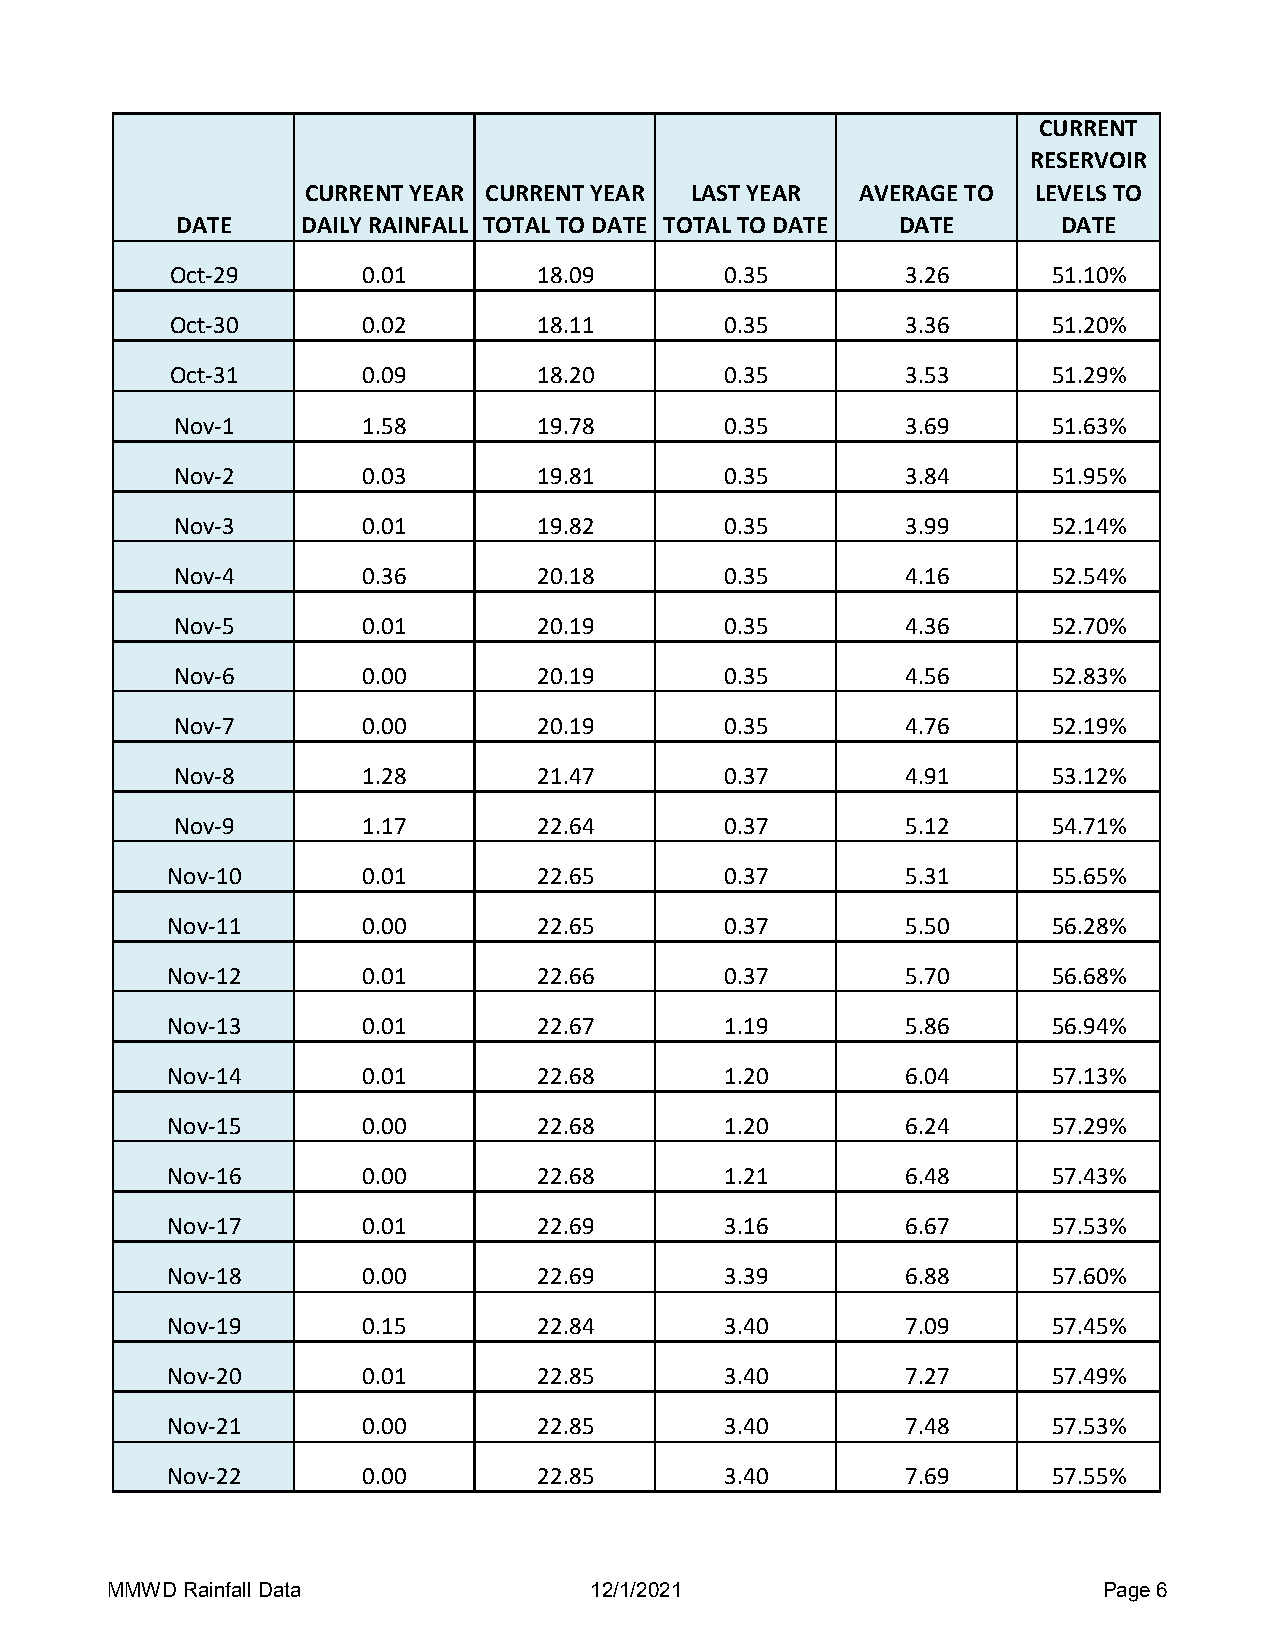
CURRENT
 RESERVOIR
 CURRENT YEAR CURRENT YEAR LAST YEAR  AVERAGE TO  LEVELS TO
 DATE    DAILY RAINFALL TOTAL TO DATE TOTAL TO DATE DATE   DATE
 Oct-29       0.01        18.09       0.35        3.26      51.10%
 Oct-30       0.02        18.11       0.35        3.36      51.20%
 Oct-31       0.09        18.20       0.35        3.53      51.29%
 Nov-1       1.58        19.78       0.35        3.69      51.63%
 Nov-2       0.03        19.81       0.35        3.84      51.95%
 Nov-3       0.01        19.82       0.35        3.99      52.14%
 Nov-4       0.36        20.18       0.35        4.16      52.54%
 Nov-5       0.01        20.19       0.35        4.36      52.70%
 Nov-6       0.00        20.19       0.35        4.56      52.83%
 Nov-7       0.00        20.19       0.35        4.76      52.19%
 Nov-8       1.28        21.47       0.37        4.91      53.12%
 Nov-9       1.17        22.64       0.37        5.12      54.71%
 Nov-10       0.01        22.65       0.37        5.31      55.65%
 Nov-11       0.00        22.65       0.37        5.50      56.28%
 Nov-12       0.01        22.66       0.37        5.70      56.68%
 Nov-13       0.01        22.67       1.19        5.86      56.94%
 Nov-14       0.01        22.68       1.20        6.04      57.13%
 Nov-15       0.00        22.68       1.20        6.24      57.29%
 Nov-16       0.00        22.68       1.21        6.48      57.43%
 Nov-17       0.01        22.69       3.16        6.67      57.53%
 Nov-18       0.00        22.69       3.39        6.88      57.60%
 Nov-19       0.15        22.84       3.40        7.09      57.45%
 Nov-20       0.01        22.85       3.40        7.27      57.49%
 Nov-21       0.00        22.85       3.40        7.48      57.53%
 Nov-22       0.00        22.85       3.40        7.69      57.55%
 MMWD Rainfall Data              12/1/2021                         Page 6